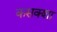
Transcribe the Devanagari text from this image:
कसक्शा